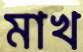
মাখ